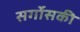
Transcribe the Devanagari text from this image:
सर्गोसकी